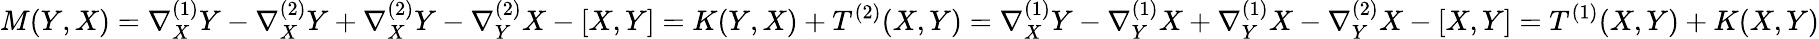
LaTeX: M(Y,X)=\nabla_{X}^{(1)}Y-\nabla_{X}^{(2)}Y+\nabla_{X}^{(2)}Y-\nabla_{Y}^{(2)}X-[X,Y]=K(Y,X)+T^{(2)}(X,Y)=\nabla_{X}^{(1)}Y-\nabla_{Y}^{(1)}X+\nabla_{Y}^{(1)}X-\nabla_{Y}^{(2)}X-[X,Y]=T^{(1)}(X,Y)+K(X,Y)